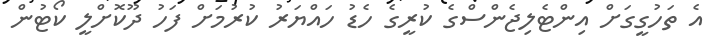
އެ ތަހުގީގަށް އިންޓެލިޖެންސްގެ ކުރީގެ ހެޑު ހައްޔަރު ކުރުމަށް ފަހު ދޫކޮށްލީ ކޯޓުން